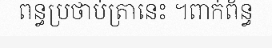
ពន្ធប្រថាប់ត្រានេះ ។ពាក់ព័ន្ធ